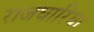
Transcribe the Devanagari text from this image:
राजघारिया